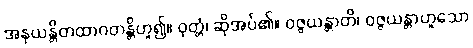
အနုယန္တိတထာဂတန္တိဟူ၍။ ဝုတ္တံ၊ ဆိုအပ်၏။ ဝဇ္ဇယန္တာတိ၊ ဝဇ္ဇယန္တာဟူသော